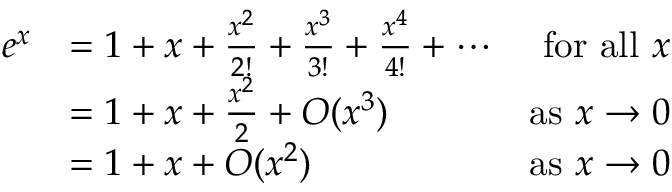
{ \begin{array} { r l r } { e ^ { x } } & { = 1 + x + { \frac { x ^ { 2 } } { 2 ! } } + { \frac { x ^ { 3 } } { 3 ! } } + { \frac { x ^ { 4 } } { 4 ! } } + \dotsb } & { { \mathrm { f o r ~ a l l ~ } } x } \\ & { = 1 + x + { \frac { x ^ { 2 } } { 2 } } + O ( x ^ { 3 } ) } & { { \mathrm { a s ~ } } x \to 0 } \\ & { = 1 + x + O ( x ^ { 2 } ) } & { { \mathrm { a s ~ } } x \to 0 } \end{array} }